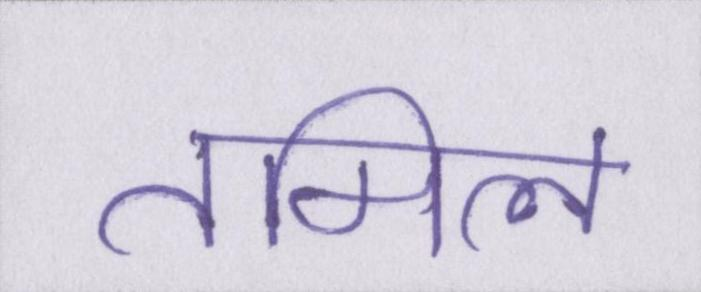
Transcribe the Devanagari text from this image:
तमिल